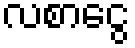
လစာငွေ